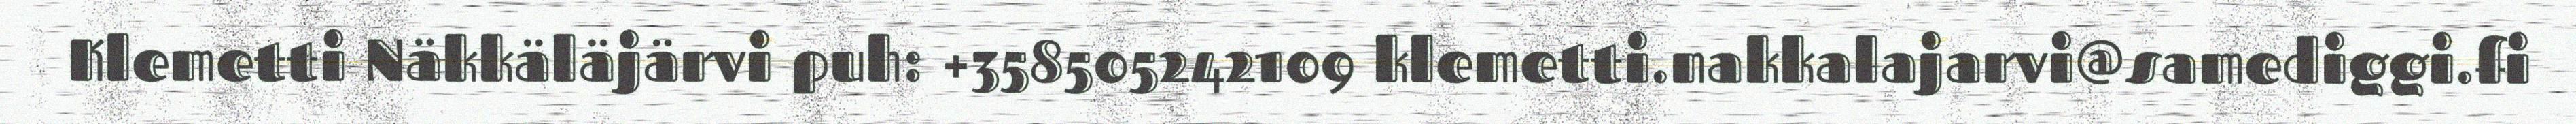
Klemetti Näkkäläjärvi puh: +358505242109 klemetti.nakkalajarvi@samediggi.fi